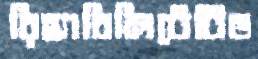
রিহ্যাবিলিটেটিভ